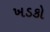
ખડકો